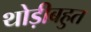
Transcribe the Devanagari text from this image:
थोड़ीबहुत